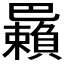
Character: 𢁑